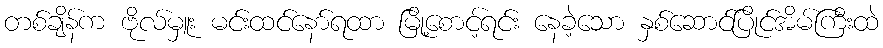
တစ်ချိန်က ဗိုလ်မှူး မင်းထင်နော်ရထာ မြို့စောင့်ရင်း နေခဲ့သော နှစ်ဆောင်ပြိုင်အိမ်ကြီးထဲ